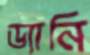
ড্যানি